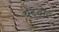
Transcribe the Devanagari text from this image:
यदुवीर